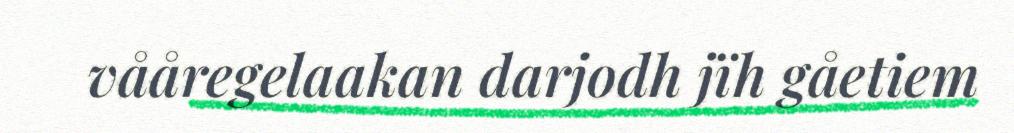
vååregelaakan darjodh jïh gåetiem